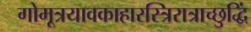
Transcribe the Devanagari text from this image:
गोमूत्रयावकाहारस्त्रिरात्राच्छुद्धिं